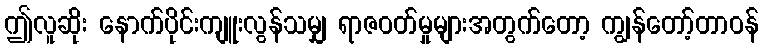
ဤလူဆိုး နောက်ပိုင်းကျူးလွန်သမျှ ရာဇဝတ်မှုများအတွက်တော့ ကျွန်တော့်တာဝန်